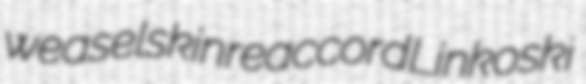
weaselskin reaccord Linkoski